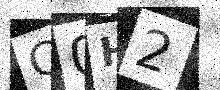
Text: C0H2